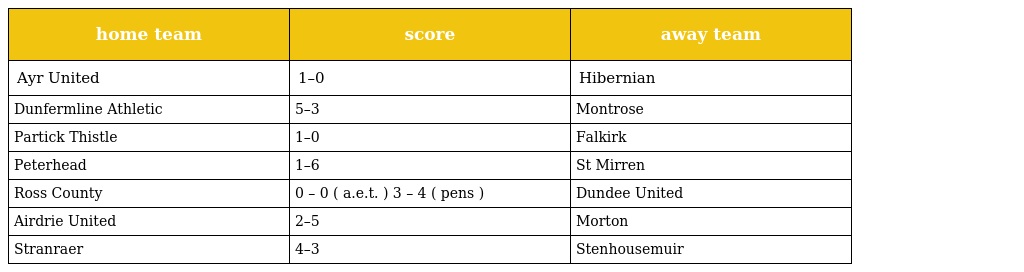
| home team | score | away team |
 | --- | --- | --- |
 | Ayr United | 1–0 | Hibernian |
 | Dunfermline Athletic | 5–3 | Montrose |
 | Partick Thistle | 1–0 | Falkirk |
 | Peterhead | 1–6 | St Mirren |
 | Ross County | 0 – 0 ( a.e.t. ) 3 – 4 ( pens ) | Dundee United |
 | Airdrie United | 2–5 | Morton |
 | Stranraer | 4–3 | Stenhousemuir |